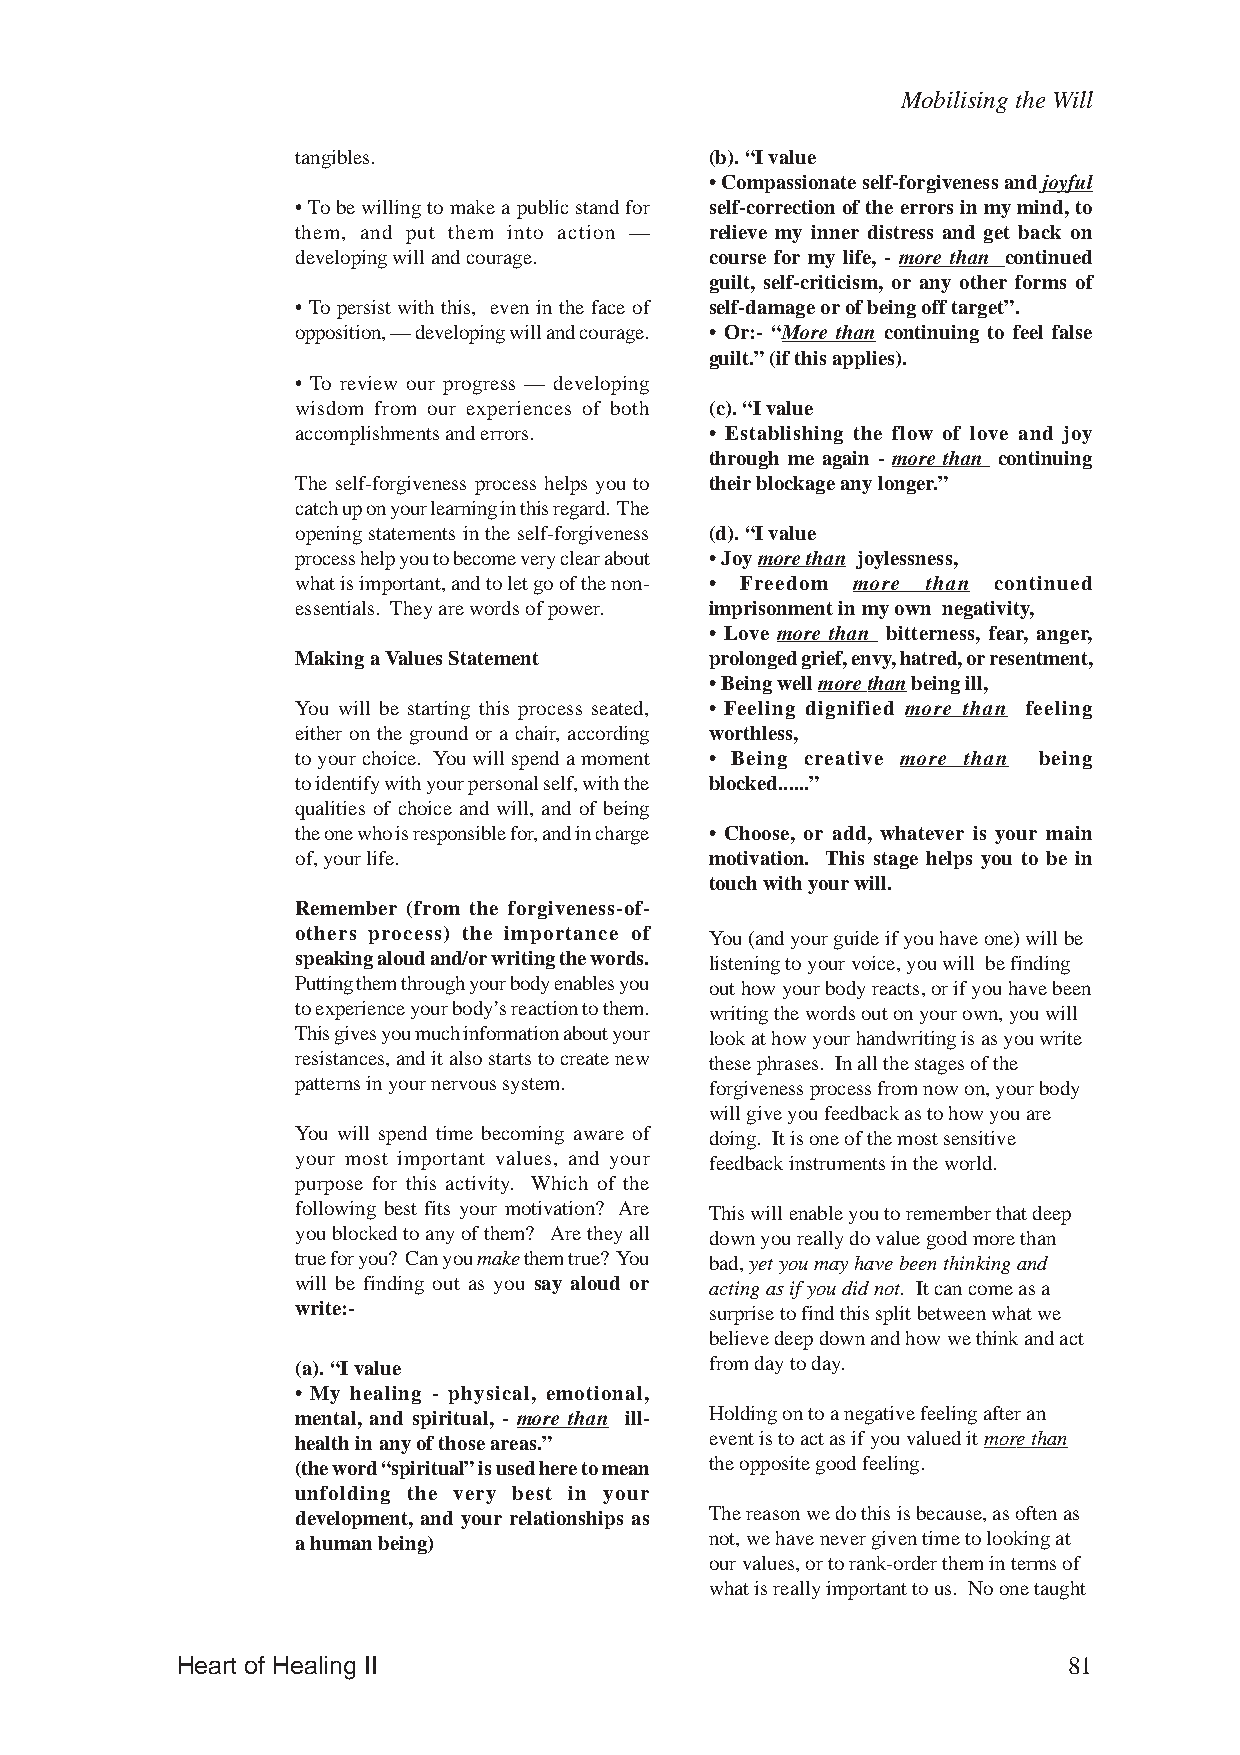
Mobilising the Will
 tangibles.                 (b). “I value
 • Compassionate self-forgiveness and joyful
 • To be willing to make a public stand for self-correction of the errors in my mind, to
 them, and put them into action — relieve my inner distress and get back on
 developing will and courage. course for my life, - more than continued
 guilt, self-criticism, or any other forms of
 • To persist with this, even in the face of self-damage or of being off target”.
 opposition, — developing will and courage. • Or:- “More than continuing to feel false
 guilt.” (if this applies).
 • To review our progress — developing
 wisdom from our experiences of both (c). “I value
 accomplishments and errors. • Establishing the flow of love and joy
 through me again - more than continuing
 The self-forgiveness process helps you to their blockage any longer.”
 catch up on your learning in this regard. The
 opening statements in the self-forgiveness (d). “I value
 process help you to become very clear about • Joy more than joylessness,
 what is important, and to let go of the non- • Freedom more than continued
 essentials. They are words of power. imprisonment in my own negativity,
 • Love more than bitterness, fear, anger,
 Making a Values Statement  prolonged grief, envy, hatred, or resentment,
 •Being well more than being ill,
 You will be starting this process seated, • Feeling dignified more than feeling
 either on the ground or a chair, according worthless,
 to your choice. You will spend a moment • Being creative more than being
 to identify with your personal self, with the blocked......”
 qualities of choice and will, and of being
 the one who is responsible for, and in charge • Choose, or add, whatever is your main
 of, your life.             motivation. This stage helps you to be in
 touch with your will.
 Remember (from the forgiveness-of-
 others process) the importance of You (and your guide if you have one) will be
 speaking aloud and/or writing the words. listening to your voice, you will be finding
 Putting them through your body enables you out how your body reacts, or if you have been
 to experience your body’s reaction to them. writing the words out on your own, you will
 This gives you much information about your look at how your handwriting is as you write
 resistances, and it also starts to create new these phrases. In all the stages of the
 patterns in your nervous system. forgiveness process from now on, your body
 will give you feedback as to how you are
 You will spend time becoming aware of doing. It is one of the most sensitive
 your most important values, and your feedback instruments in the world.
 purpose for this activity. Which of the
 following best fits your motivation? Are This will enable you to remember that deep
 you blocked to any of them? Are they all down you really do value good more than
 true for you? Can you make them true? You bad, yet you may have been thinking and
 will be finding out as you say aloud or acting as if you did not. It can come as a
 write:-                    surprise to find this split between what we
 believe deep down and how we think and act
 (a). “I value              from day to day.
 • My healing - physical, emotional,
 mental, and spiritual, - more than ill- Holding on to a negative feeling after an
 health in any of those areas.” event is to act as if you valued it more than
 (the word “spiritual” is used here to mean the opposite good feeling.
 unfolding the very best in your
 development, and your relationships as The reason we do this is because, as often as
 a human being)             not, we have never given time to looking at
 our values, or to rank-order them in terms of
 what is really important to us. No one taught
 Heart of Healing II                                        81